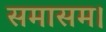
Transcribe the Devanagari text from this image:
समासम।